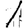
Digit: 1